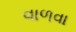
વાળવા